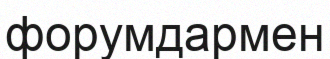
форумдармен